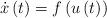
LaTeX: \begin{align*}\dot{x}\left(t\right)=f\left(u\left(t\right)\right)\end{align*}